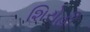
શિરોહી